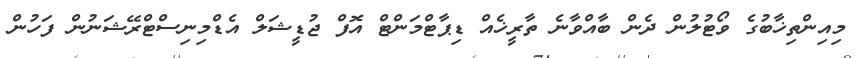
މިއިންތިޚާބުގެ ވޯޓުލުން ދެން ބާއްވާނެ ތާރީޚެއް ޑިޕާޓްމަންޓް އޮފް ޖުޑީޝަލް އެޑްމިނިސްޓްރޭޝަނުން ފަހުން